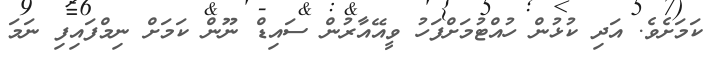
ކަމަށެވެ. އަދި ކުޅުން ހުއްޓުމަށްފަހު ވީއޭއާރުން ސައިޑް ނޫން ކަމަށް ނިމްފައިފި ނަމަ